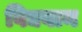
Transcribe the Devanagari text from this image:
विद्यवान